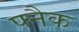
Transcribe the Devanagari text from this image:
फ्नैक